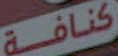
كنافة